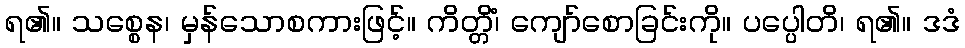
ရ၏။ သစ္စေန၊ မှန်သောစကားဖြင့်။ ကိတ္တိံ၊ ကျော်စောခြင်းကို။ ပပ္ပေါတိ၊ ရ၏။ ဒဒံ